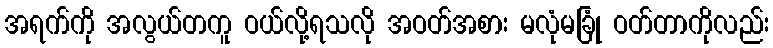
အရက်ကို အလွယ်တကူ ဝယ်လို့ရသလို အဝတ်အစား မလုံမခြုံ ဝတ်တာကိုလည်း